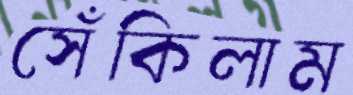
সেঁকিলাম